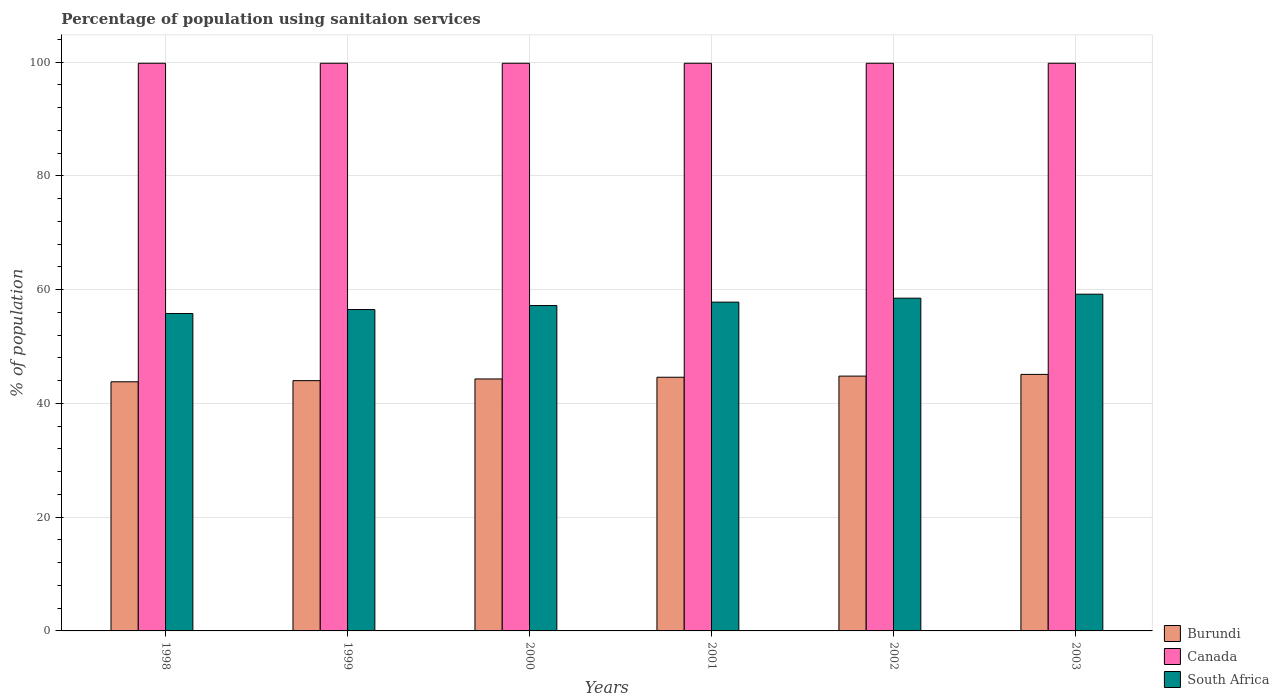
| Years | Burundi | Canada | South Africa |
 | --- | --- | --- | --- |
 | 1998 | 43.8 | 99.8 | 55.8 |
 | 1999 | 44 | 99.8 | 56.5 |
 | 2000 | 44.3 | 99.8 | 57.2 |
 | 2001 | 44.6 | 99.8 | 57.8 |
 | 2002 | 44.8 | 99.8 | 58.5 |
 | 2003 | 45.1 | 99.8 | 59.2 |